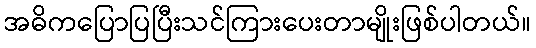
အဓိကပြောပြပြီးသင်ကြားပေးတာမျိုးဖြစ်ပါတယ်။